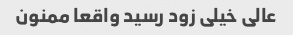
عالی خیلی زود رسید واقعا ممنون